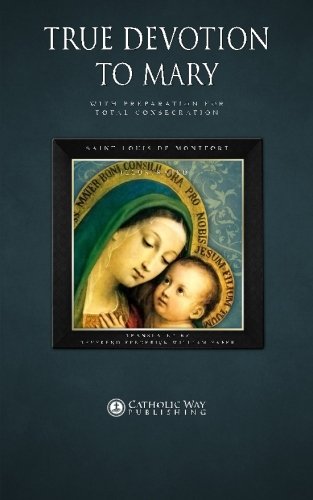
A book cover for True Devotion to Mary: With Preparation for Total Consecration; Saint Louis De Montfort; Christian Books & Bibles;